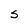
Character: S